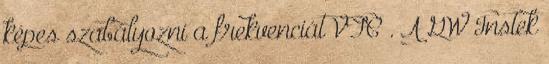
képes szabályozni a frekvenciát VFC . A GW Instek